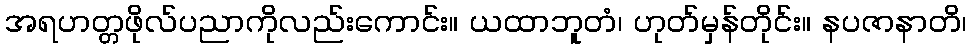
အရဟတ္တဖိုလ်ပညာကိုလည်းကောင်း။ ယထာဘူတံ၊ ဟုတ်မှန်တိုင်း။ နပဇာနာတိ၊